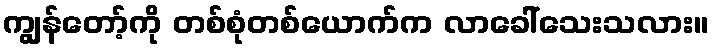
ကျွန်တော့်ကို တစ်စုံတစ်ယောက်က လာခေါ်သေးသလား။